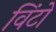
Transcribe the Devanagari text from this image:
विंटो